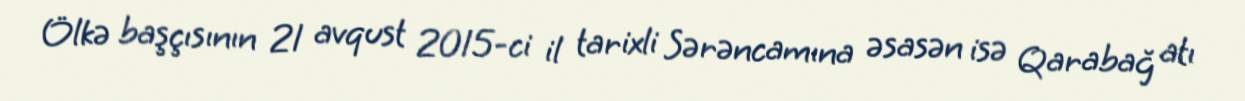
Ölkə başçısının 21 avqust 2015-ci il tarixli Sərəncamına əsasən isə Qarabağ atı